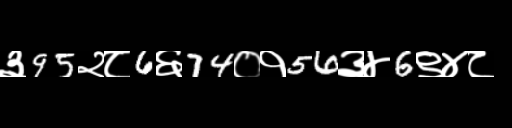
Text: ३95२८6६74०१56३४6९४८